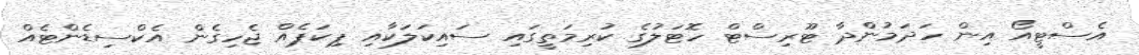
އެސްޓީއޯ އިން ހަދަމުންދާ ޓޫރިސްޓް ހޮޓަލުގެ ކުރިމަތީގައި ސައިކަލަކާއި ޕިކަޕެއް ޖެހިގެން އެކްސިޑެންޓެއް